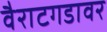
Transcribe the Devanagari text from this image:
वैराटगडावर